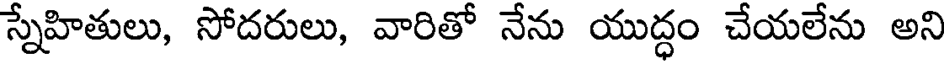
స్నేహితులు, సోదరులు, వారితో నేను యుద్ధం చేయలేను అని